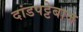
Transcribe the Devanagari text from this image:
दांडपट्टेबाज